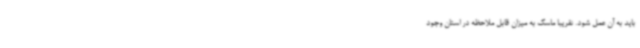
باید به آن عمل شود. تقریبا ماسک به میزان قابل ملاحظه در استان وجود